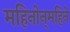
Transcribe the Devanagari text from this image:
महिनोन्‌महिने